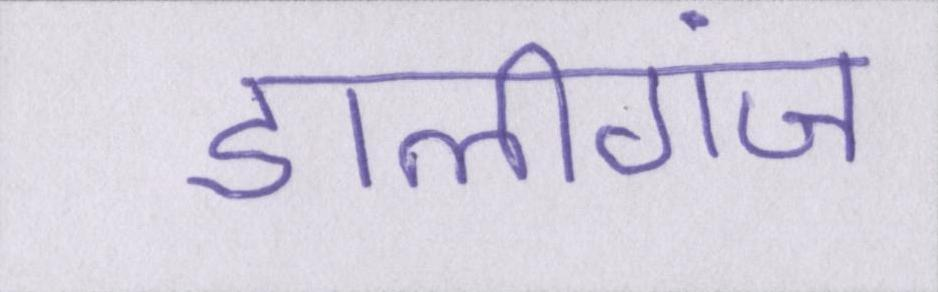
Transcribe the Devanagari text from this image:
डालीगंज